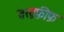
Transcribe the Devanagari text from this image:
तख़फ़ीफ़